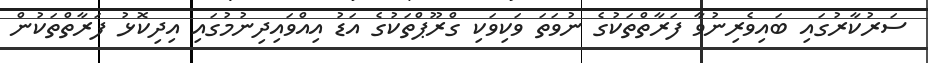
ސަރުކާރުގައި ބައިވެރިނުވާ ފަރާތްތަކުގެ ނުވަތަ ވަކިވަކި ގްރޫޕްތަކުގެ އަޑު އިއްވައިދިނުމުގައި އިދިކޮޅު ފަރާތްތަކުން